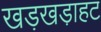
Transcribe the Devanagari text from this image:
खड़खडा़हट